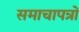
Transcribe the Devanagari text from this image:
समाचापत्रों